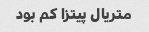
متریال پیتزا کم بود